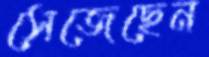
সেজেছেন